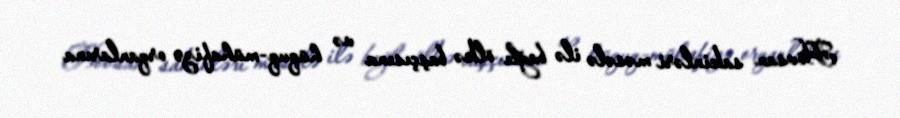
Hövsan sakinləri məsələ ilə bağlı ölkə başçısına və hüquq-mühafizə orqanlarına